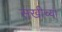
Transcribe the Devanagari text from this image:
सखीच्या